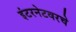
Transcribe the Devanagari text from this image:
इंटरनेटवरचे